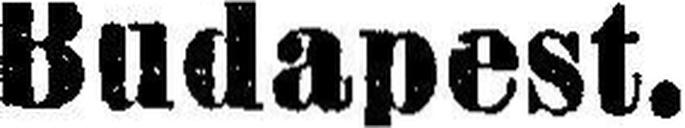
Budapest.